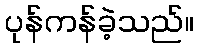
ပုန်ကန်ခဲ့သည်။